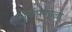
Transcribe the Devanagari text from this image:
मूर्खपणाला